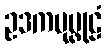
ဥဒကပုပ္ဖုဠံ